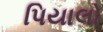
પિયાલો